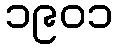
၁၉၀၁